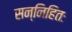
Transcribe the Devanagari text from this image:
सन्निहितः